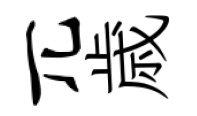
兀歳